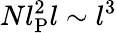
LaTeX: Nl_{\mathrm{P}}^{2}l\sim l^{3}